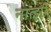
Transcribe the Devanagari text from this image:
नात्झी